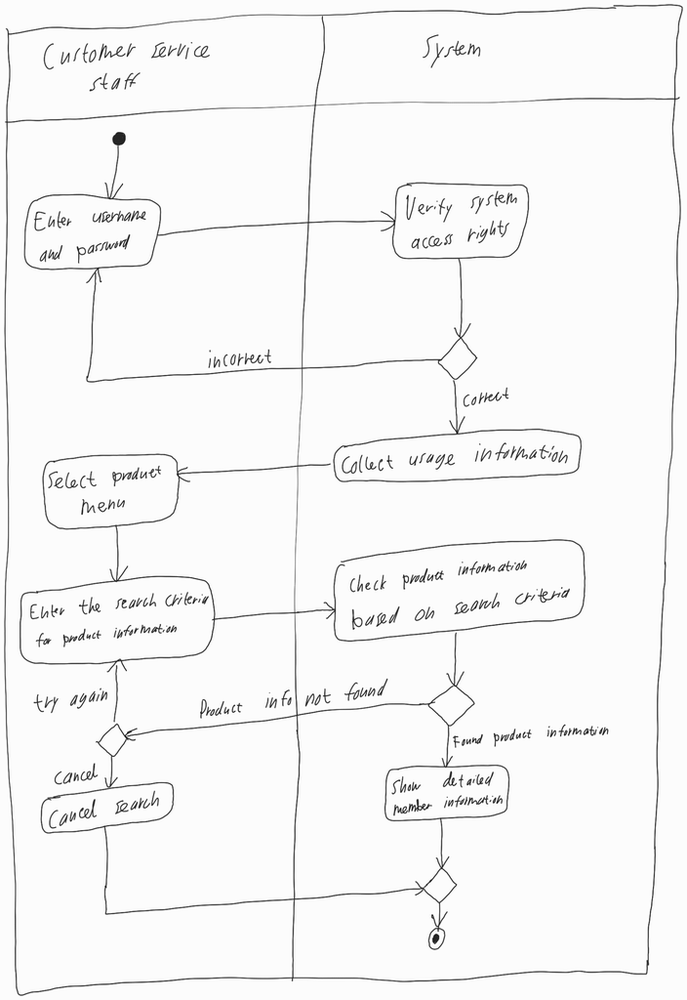
Diagram type: activity_diagram
```plantuml
@startuml

|Customer Service Staff|

start

repeat:Enter username and password;
  |System|
  :Verify system access rights;
repeat while () is (incorrect) not (correct)

:Collect usage information;

|Customer Service Staff|

:Select product menu;

repeat:Enter the search criteria for product information;
  |System|
  :Check product information based on search criteria;
  if () then (Found product information)
    :Show detailed member information;
    stop
  else (Product info not found)
    |Customer Service Staff|
    if () then (cancel)
      :Cancel search;
      |System|
      stop
    endif
  endif
|Customer Service Staff|
repeat while () is (try again)

@enduml
```